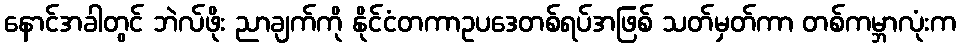
နောင်အခါတွင် ဘဲလ်ဖိုး ညာချက်ကို နိုင်ငံတကာဥပဒေတစ်ရပ်အဖြစ် သတ်မှတ်ကာ တစ်ကမ္ဘာလုံးက